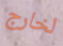
لخارج